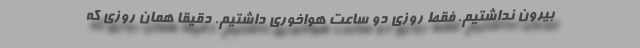
بیرون نداشتیم. فقط روزی دو ساعت هواخوری داشتیم. دقیقا همان روزی كه